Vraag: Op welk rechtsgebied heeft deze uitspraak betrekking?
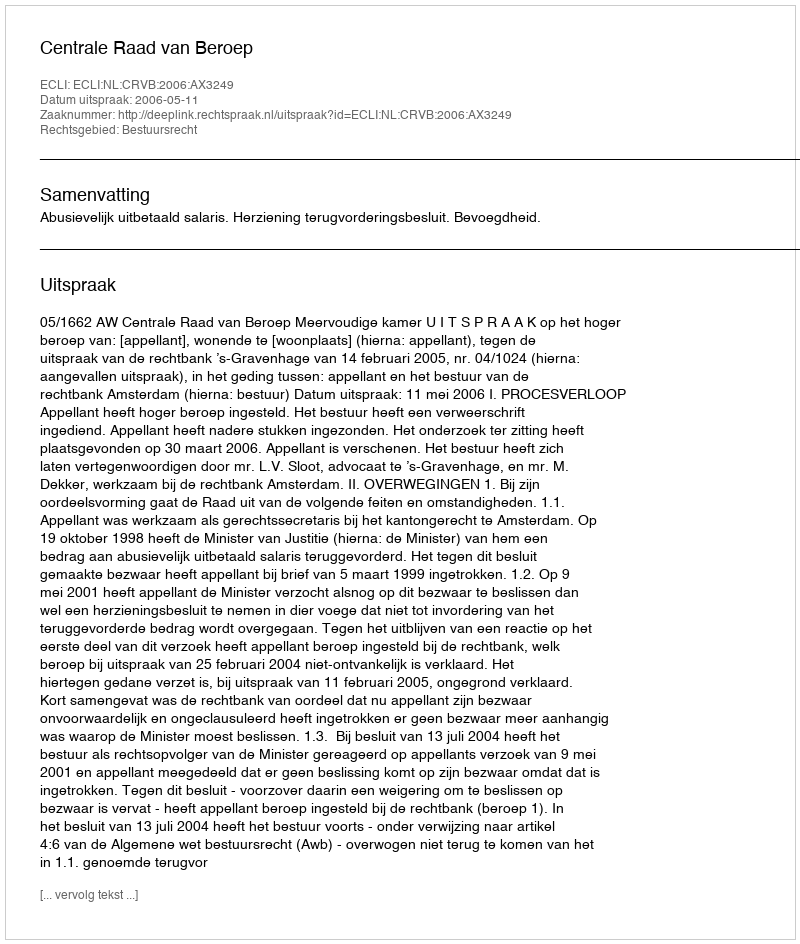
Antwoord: Bestuursrecht